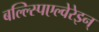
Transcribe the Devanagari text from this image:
बल्ल्स्पिएल्वेरेइन्